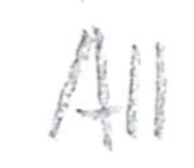
Text: All
Cross-out: clean
Writing tool: pencil